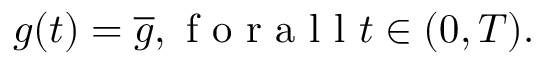
g ( t ) = \overline { { g } } , \mathrm { ~ f ~ o ~ r ~ a ~ l ~ l ~ } t \in ( 0 , T ) .